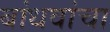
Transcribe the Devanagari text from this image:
बांधवांचा